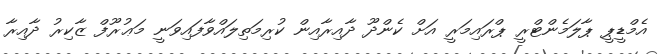
އެމްޑީޕީ ޕާލަމެންޓްރީ ޕްރައިމަރީ އަށް ކެންދޫ ދާއިރާއިން ކުރިމަތިލައްވާފައިވަނީ މަޢުރޫފް ޒާކިރު ދާއިރާ